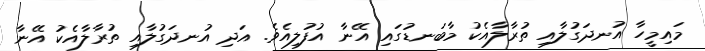
މައިމީހާ އުނދަގުލާއި ތުރާލާއެކު މާބަނޑުގައި އޭނާ އުފުލިއެވެ. އަދި އުނދަގުލާއި ތުރާލާއެކު އޭނާ